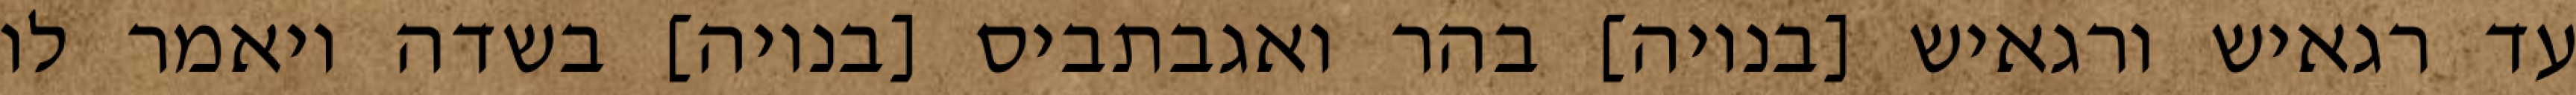
עד רגאיש ורגאיש [בנויה] בהר ואגבתביס [בנויה] בשדה ויאמר לו